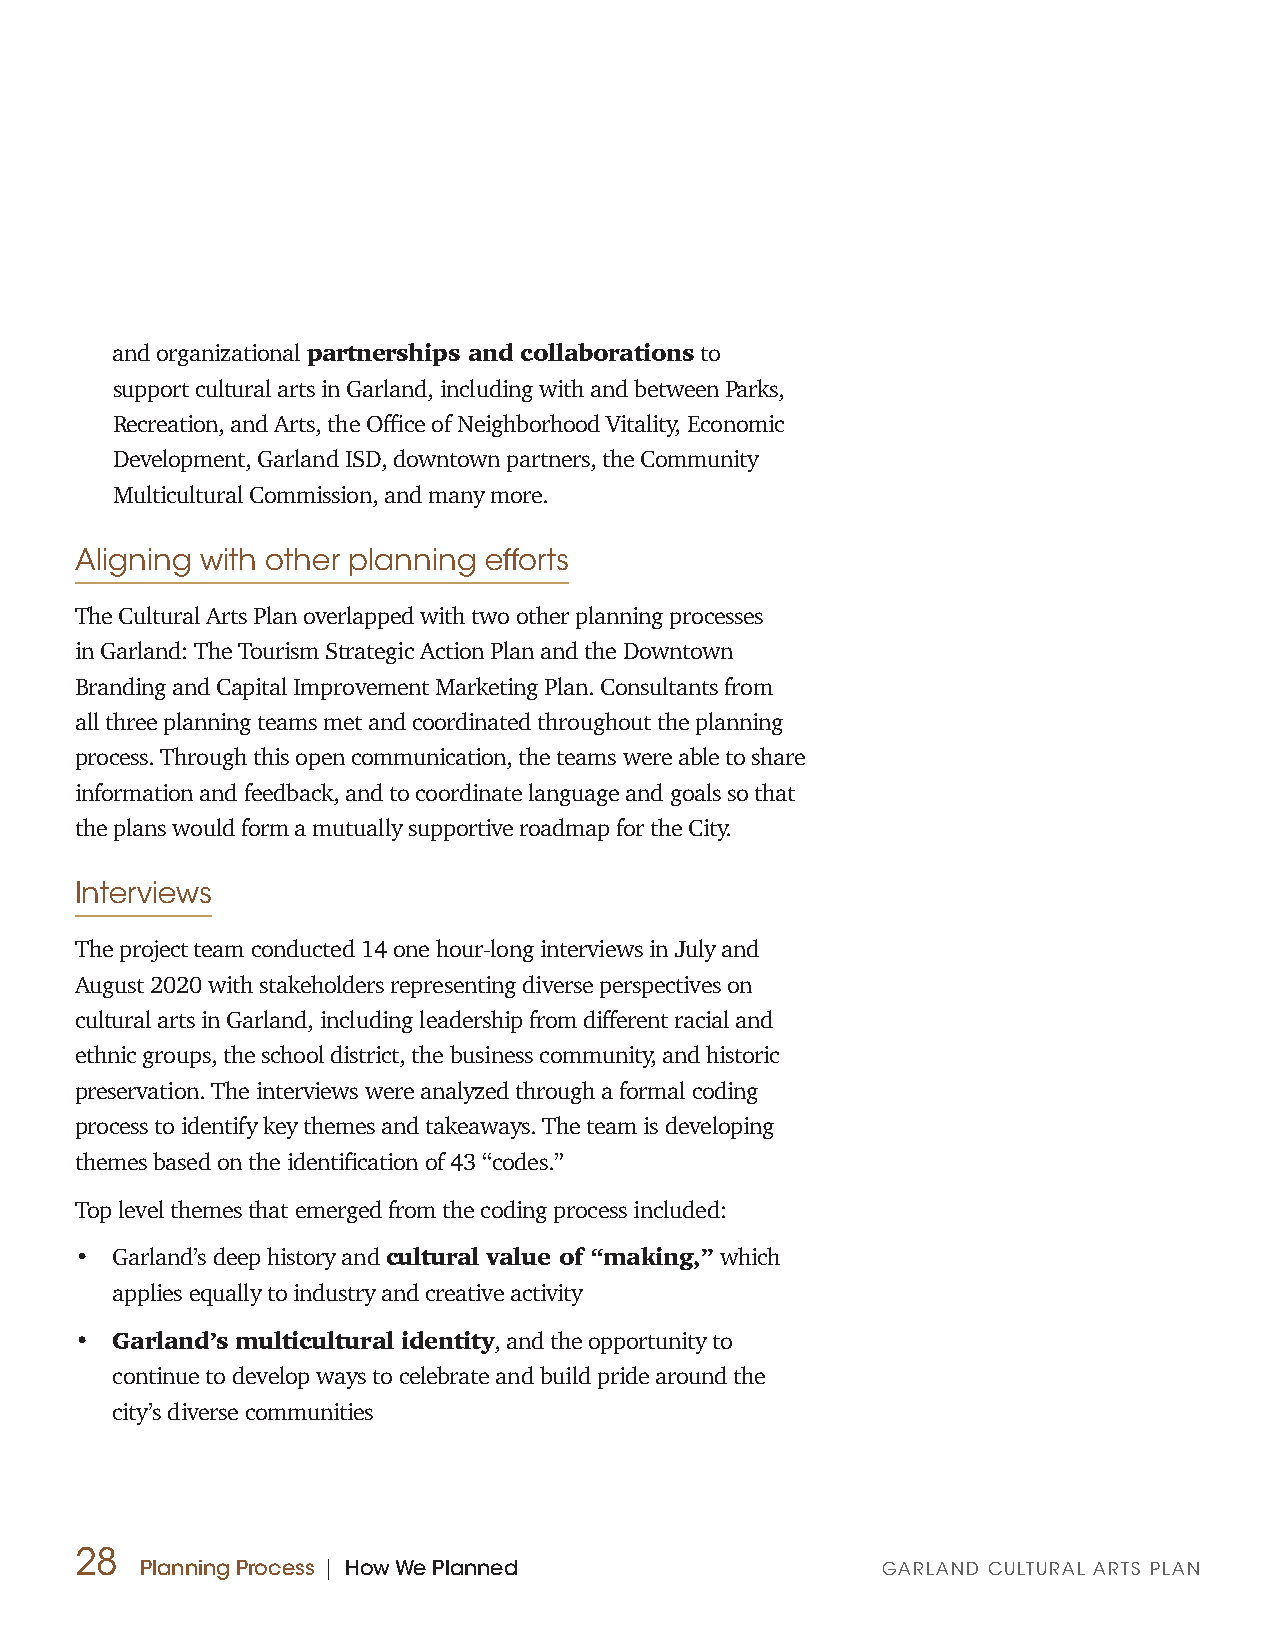
and organizational partnerships and collaborations to
 support cultural arts in Garland, including with and between Parks,
 Recreation, and Arts, the Office of Neighborhood Vitality, Economic
 Development, Garland ISD, downtown partners, the Community
 Multicultural Commission, and many more.
 Aligning with other planning efforts
 The Cultural Arts Plan overlapped with two other planning processes
 in Garland: The Tourism Strategic Action Plan and the Downtown
 Branding and Capital Improvement Marketing Plan. Consultants from
 all three planning teams met and coordinated throughout the planning
 process. Through this open communication, the teams were able to share
 information and feedback, and to coordinate language and goals so that
 the plans would form a mutually supportive roadmap for the City.
 Interviews
 The project team conducted 14 one hour-long interviews in July and
 August 2020 with stakeholders representing diverse perspectives on
 cultural arts in Garland, including leadership from different racial and
 ethnic groups, the school district, the business community, and historic
 preservation. The interviews were analyzed through a formal coding
 process to identify key themes and takeaways. The team is developing
 themes based on the identification of 43 “codes.”
 Top level themes that emerged from the coding process included:
 • Garland’s deep history and cultural value of “making,” which
 applies equally to industry and creative activity
 • Garland’s multicultural identity, and the opportunity to
 continue to develop ways to celebrate and build pride around the
 city’s diverse communities
 28
 Planning Process | How We Planned                GARLAND CULTURAL ARTS PLAN